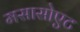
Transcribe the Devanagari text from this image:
मसासोएट